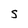
Character: S